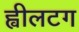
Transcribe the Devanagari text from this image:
ह्वीलटग